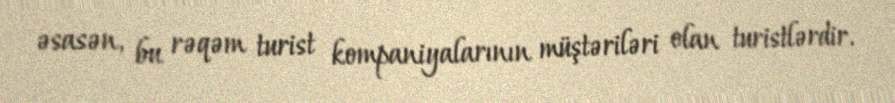
əsasən, bu rəqəm turist kompaniyalarının müştəriləri olan turistlərdir.